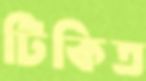
টিকিত